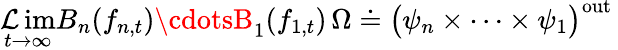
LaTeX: \operatorname*{\mathcal{L}im}_{t\rightarrow\infty}B_{n}(f_{n,t})\cdotsB_{1}(f_{1,t})\, \Omega\doteq\big(\psi_{n}\times\cdots\times\psi_{1}\big)^{\mathrm{{out}}}\,